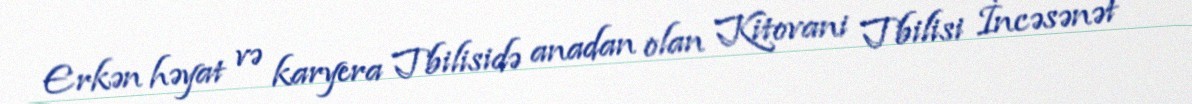
Erkən həyat və karyera Tbilisidə anadan olan Kitovani Tbilisi İncəsənət